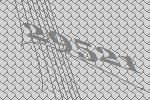
29521